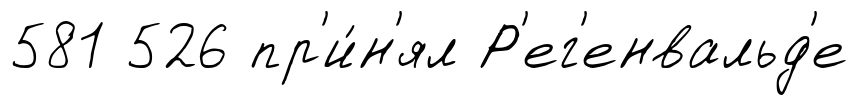
581 526 пр'и́н'ял Р'ег'енвальд'е